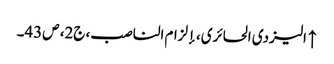
↑ الیزدی الحائری، إلزام الناصب، ج‌2، ص43۔